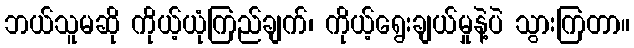
ဘယ်သူမဆို ကိုယ့်ယုံကြည်ချက်၊ ကိုယ့်ရွေးချယ်မှုနဲ့ပဲ သွားကြတာ။